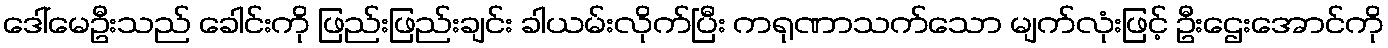
ဒေါ်မေဦးသည် ခေါင်းကို ဖြည်းဖြည်းချင်း ခါယမ်းလိုက်ပြီး ကရုဏာသက်သော မျက်လုံးဖြင့် ဦးဌေးအောင်ကို